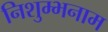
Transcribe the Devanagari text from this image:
निशुम्भनाम